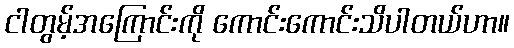
ငါတွမ့်အကြောင်းကို ကောင်းကောင်းသိပါတယ်ဟာ။